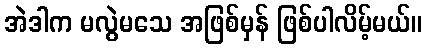
အဲဒါက မလွဲမသေ အဖြစ်မှန် ဖြစ်ပါလိမ့်မယ်။